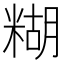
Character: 糊